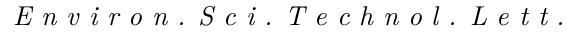
\textit { E n v i r o n . S c i . T e c h n o l . L e t t . }